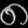
Digit: ၈